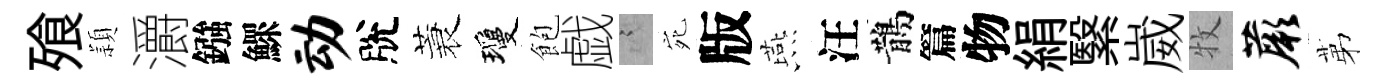
飱頴灂鏹鰥动脫蓑瓊飽戯謭宛版燕汪鵲篇物絹繄崴牧蕨苐